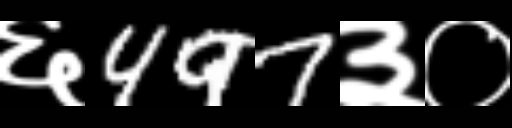
Text: ६497३०